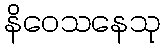
နိဝေသနေသု